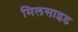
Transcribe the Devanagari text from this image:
मिलसाइड